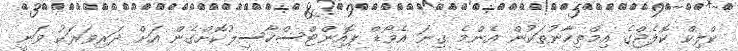
ކްލިކް ކޮލެޖްގެ އިމްތިހާނުތަކުން އެންމެ ގިނަ އެވޯޑް ޕޮއިންޓްސްހާސިލުކޮށްގެން އަށް ދަރިވަރަކު ވަނީ